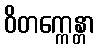
ဝိတက္ကေန္တာ